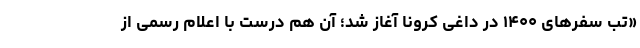
«تب سفرهای ۱۴۰۰ در داغی کرونا آغاز شد؛ آن هم درست با اعلام رسمی از